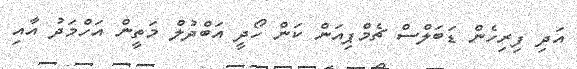
އަދި ފިރިހެން ޑަބަލްސް ޗެމްޕިއަން ކަން ހޯދީ އަބްދުލް މަތީން އަހްމަދު އާއި